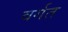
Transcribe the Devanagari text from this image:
वर्गत